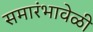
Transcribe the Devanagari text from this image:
समारंभावेळी